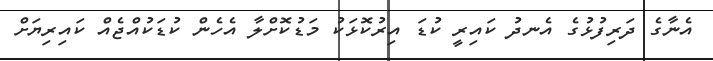
އެނާގެ ދަރިފުޅުގެ އެނދު ކައިރީ ކުޑަ އިރުކޮޅަކު މަޑުކޮށްލާ އެހެން ކުޑަކުއްޖެއް ކައިރިޔަށް